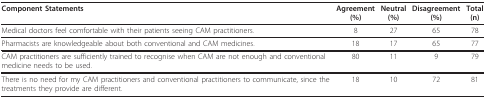
<table><thead><tr><td><b>Component Statements</b></td><td><b>Agreement(%)</b></td><td><b>Neutral(%)</b></td><td><b>Disagreement(%)</b></td><td><b>Total(n)</b></td></tr></thead><tbody><tr><td>Medical doctors feel comfortable with their patients seeing CAM practitioners.</td><td>8</td><td>27</td><td>65</td><td>78</td></tr><tr><td>Pharmacists are knowledgeable about both conventional and CAM medicines.</td><td>18</td><td>17</td><td>65</td><td>77</td></tr><tr><td>CAM practitioners are sufficiently trained to recognise when CAM are not enough and conventional medicine needs to be used.</td><td>80</td><td>11</td><td>9</td><td>79</td></tr><tr><td>There is no need for my CAM practitioners and conventional practitioners to communicate, since the treatments they provide are different.</td><td>18</td><td>10</td><td>72</td><td>81</td></tr></tbody></table>